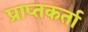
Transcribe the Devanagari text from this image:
प्राप्‍तकर्ता